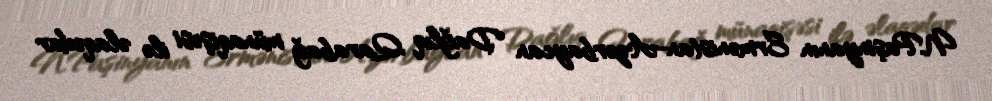
N.Paşinyanın Ermənistan-Azərbaycan Dağlıq Qarabağ münaqişəsi ilə əlaqədar